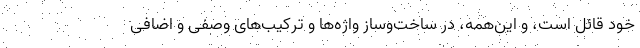
خود قائل است، و این‌همه، در ساخت‌وساز واژه‌ها و ترکیب‌های وصفی و اضافی